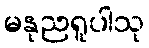
မနုညရူပါသု